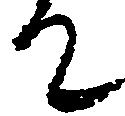
て